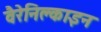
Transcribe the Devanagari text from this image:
वैरेनिक्लाइन